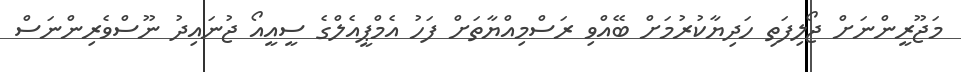
މަޖޫރީންނަށް ޖޯލިފަތި ހަދިޔާކުރުމަށް ބޭއްވި ރަސްމިއްޔާތަށް ފަހު އެމްޕީއެލްގެ ސީއީއޯ ޖުނައިދު ނޫސްވެރިންނަސް